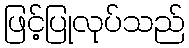
ဖြင့်ပြုလုပ်သည်